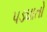
પડઘાતો